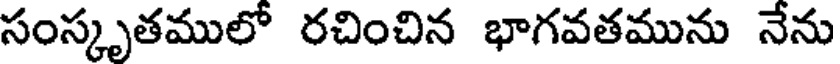
సంస్కృతములో రచించిన భాగవతమును నేను